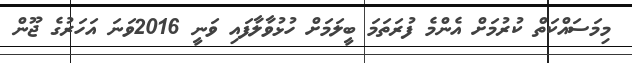
މިމަސައްކަތް ކުރުމަށް އެންމެ ފުރަތަމަ ބީލަމަށް ހުޅުވާލާފައި ވަނީ 2016ވަނަ އަހަރުގެ ޖޫން